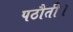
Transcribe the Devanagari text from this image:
पठौती।